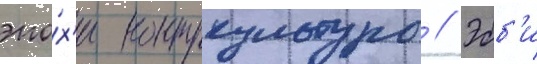
эпо́х'и контркультуры // Эбб'и